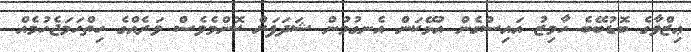
ޢިޒްވާގެ ބޮޑުބޭބެ ހާމިޒު އައިސްގެން އުޅޭކަން އެނގުމުން ޝަދަފަށް ކޮންމެވެސް ވަރެއްގެ ހިތްހަމަޖެހުމެއް